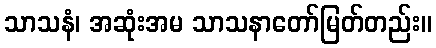
သာသနံ၊ အဆုံးအမ သာသနာတော်မြတ်တည်း။